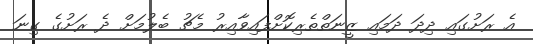
އެ ރަށުގައި ދިދަ ދަމައި ޒީނަތްތެރިކޮށްފައިވާއިރު މެޗު ބެލުމަށް ދެ ރަށުގެ ގިނަ